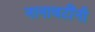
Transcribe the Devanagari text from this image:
नानावटींनी